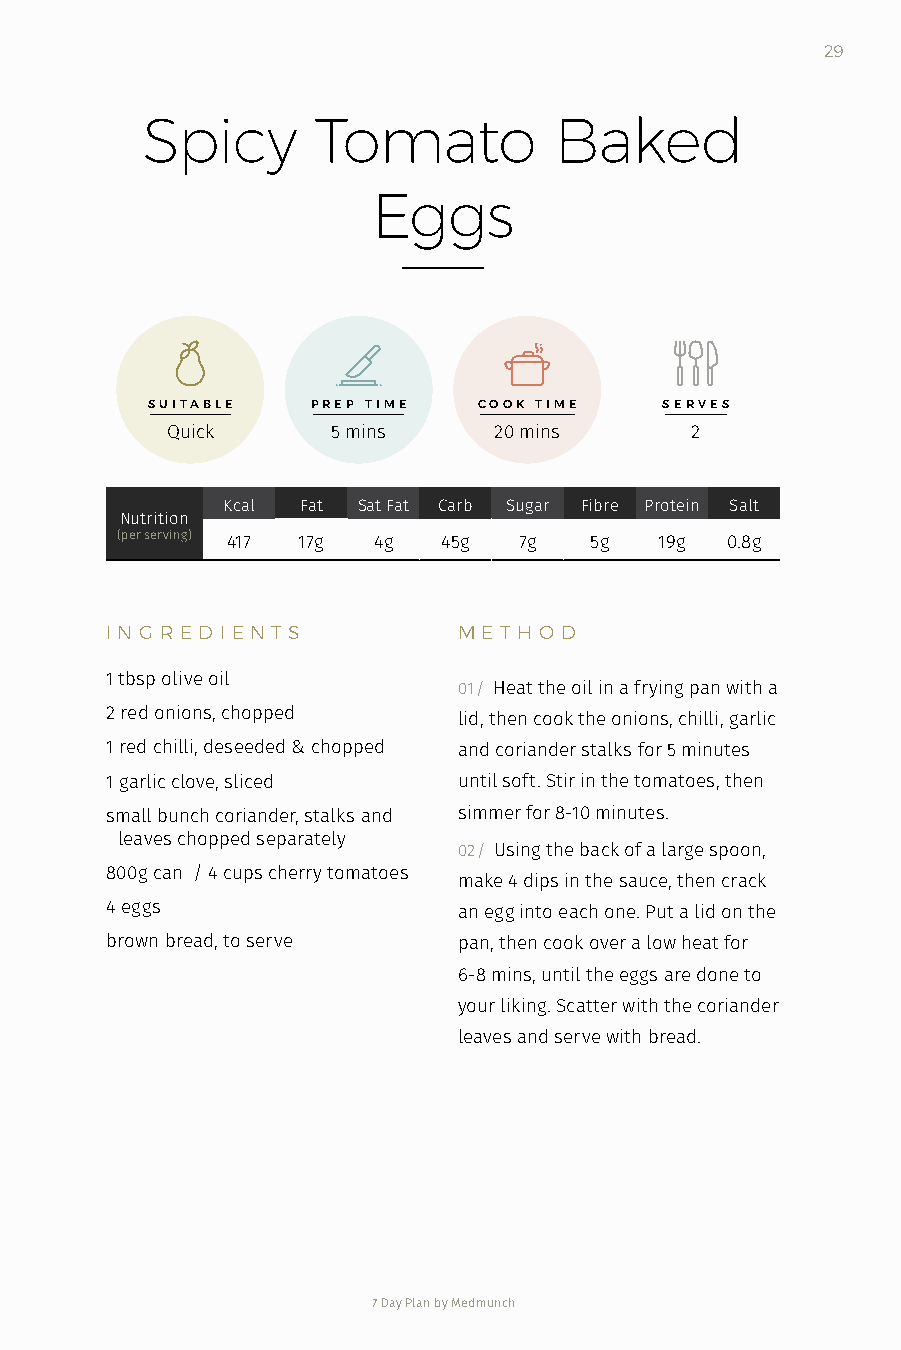
29
 Spicy       Tomato          Baked
 Eggs
 SUITABLE   PREP TIME  COOK TIME   SERVES
 Quick      5 mins     20 mins      2
 Kcal Fat Sat Fat Carb Sugar Fibre Protein Salt
 Nutrition
 (per serving) 417 17g 4g 45g 7g 5g  19g 0.8g
 I N G R ED I EN T S    M E T H O D
 1 tbsp olive oil
 01 / Heat the oil in a frying pan with a
 2 red onions, chopped  lid, then cook the onions, chilli, garlic
 1 red chilli, deseeded & chopped and coriander stalks for 5 minutes
 1 garlic clove, sliced until soft. Stir in the tomatoes, then
 small bunch coriander, stalks and simmer for 8-10 minutes.
 leaves chopped separately
 02 / Using the back of a large spoon,
 800g can / 4 cups cherry tomatoes
 make 4 dips in the sauce, then crack
 4 eggs                 an egg into each one. Put a lid on the
 brown bread, to serve  pan, then cook over a low heat for
 6-8 mins, until the eggs are done to
 your liking. Scatter with the coriander
 leaves and serve with bread.
 7 Day Plan by Medmunch